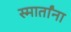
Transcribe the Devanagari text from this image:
स्मार्तांना